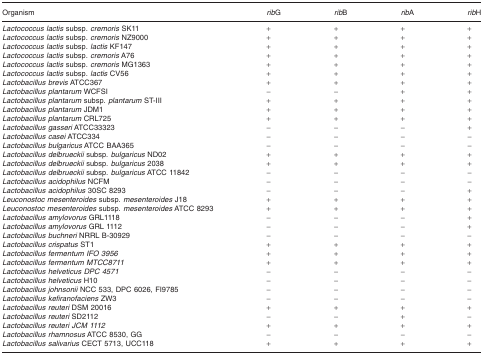
<table><thead><tr><td><b>Organism</b></td><td><b><i>rib</i>G</b></td><td><b><i>rib</i>B</b></td><td><b><i>rib</i>A</b></td><td><b><i>rib</i>H</b></td></tr></thead><tbody><tr><td><i>Lactococcus lactis</i> subsp. <i>cremoris</i> SK11</td><td>+</td><td>+</td><td>+</td><td>+</td></tr><tr><td><i>Lactococcus lactis</i> subsp. <i>cremoris</i> NZ9000</td><td>+</td><td>+</td><td>+</td><td>+</td></tr><tr><td><i>Lactococcus lactis</i> subsp. <i>lactis</i> KF147</td><td>+</td><td>+</td><td>+</td><td>+</td></tr><tr><td><i>Lactococcus lactis</i> subsp. <i>cremoris</i> A76</td><td>+</td><td>+</td><td>+</td><td>+</td></tr><tr><td><i>Lactococcus lactis</i> subsp. <i>cremoris</i> MG1363</td><td>+</td><td>+</td><td>+</td><td>+</td></tr><tr><td><i>Lactococcus lactis</i> subsp. <i>lactis</i> CV56</td><td>+</td><td>+</td><td>+</td><td>+</td></tr><tr><td><i>Lactobacillus brevis</i> ATCC367</td><td>+</td><td>+</td><td>+</td><td>+</td></tr><tr><td><i>Lactobacillus plantarum</i> WCFSI</td><td>−</td><td>−</td><td>+</td><td>+</td></tr><tr><td><i>Lactobacillus plantarum</i> subsp. <i>plantarum</i> ST‐III</td><td>+</td><td>+</td><td>+</td><td>+</td></tr><tr><td><i>Lactobacillus plantarum</i> JDM1</td><td>+</td><td>+</td><td>+</td><td>+</td></tr><tr><td><i>Lactobacillus plantarum</i> CRL725</td><td>+</td><td>+</td><td>+</td><td>+</td></tr><tr><td><i>Lactobacillus gasseri</i> ATCC33323</td><td>−</td><td>−</td><td>−</td><td>+</td></tr><tr><td><i>Lactobacillus casei</i> ATCC334</td><td>−</td><td>−</td><td>−</td><td>−</td></tr><tr><td><i>Lactobacillus bulgaricus</i> ATCC BAA365</td><td>−</td><td>−</td><td>−</td><td>−</td></tr><tr><td><i>Lactobacillus delbrueckii</i> subsp. <i>bulgaricus</i> ND02</td><td>+</td><td>+</td><td>+</td><td>+</td></tr><tr><td><i>Lactobacillus delbrueckii</i> subsp<i>. bulgaricus</i> 2038</td><td>+</td><td>+</td><td>+</td><td>+</td></tr><tr><td><i>Lactobacillus delbrueckii</i> subsp<i>. bulgaricus</i> ATCC 11842</td><td>−</td><td>−</td><td>−</td><td>−</td></tr><tr><td><i>Lactobacillus acidophilus</i> NCFM</td><td>−</td><td>−</td><td>−</td><td>−</td></tr><tr><td><i>Lactobacillus acidophilus</i> 30SC 8293</td><td>−</td><td>−</td><td>−</td><td>+</td></tr><tr><td><i>Leuconostoc mesenteroides</i> subsp. <i>mesenteroides</i> J18</td><td>+</td><td>+</td><td>+</td><td>+</td></tr><tr><td><i>Leuconostoc mesenteroides</i> subsp. <i>mesenteroides</i> ATCC 8293</td><td>+</td><td>+</td><td>+</td><td>+</td></tr><tr><td><i>Lactobacillus amylovorus</i> GRL1118</td><td>−</td><td>−</td><td>−</td><td>+</td></tr><tr><td><i>Lactobacillus amylovorus</i> GRL 1112</td><td>−</td><td>−</td><td>−</td><td>+</td></tr><tr><td><i>Lactobacillus buchneri</i> NRRL B‐30929</td><td>−</td><td>−</td><td>−</td><td>−</td></tr><tr><td><i>Lactobacillus crispatus</i> ST1</td><td>+</td><td>+</td><td>+</td><td>+</td></tr><tr><td><i>Lactobacillus fermentum IFO 3956</i></td><td>+</td><td>+</td><td>+</td><td>+</td></tr><tr><td><i>Lactobacillus fermentum MTCC8711</i></td><td>+</td><td>+</td><td>+</td><td>+</td></tr><tr><td><i>Lactobacillus helveticus DPC 4571</i></td><td>−</td><td>−</td><td>−</td><td>−</td></tr><tr><td><i>Lactobacillus helveticus</i> H10</td><td>−</td><td>−</td><td>−</td><td>−</td></tr><tr><td><i>Lactobacillus johnsonii</i> NCC 533, DPC 6026, FI9785</td><td>−</td><td>−</td><td>−</td><td>−</td></tr><tr><td><i>Lactobacillus kefiranofaciens</i> ZW3</td><td>−</td><td>−</td><td>−</td><td>−</td></tr><tr><td><i>Lactobacillus reuteri</i> DSM 20016</td><td>+</td><td>+</td><td>+</td><td>+</td></tr><tr><td><i>Lactobacillus reuteri</i> SD2112</td><td>−</td><td>−</td><td>+</td><td>−</td></tr><tr><td><i>Lactobacillus reuteri JCM 1112</i></td><td>+</td><td>+</td><td>+</td><td>+</td></tr><tr><td><i>Lactobacillus rhamnosus</i> ATCC 8530, GG</td><td>−</td><td>−</td><td>−</td><td>−</td></tr><tr><td><i>Lactobacillus salivarius</i> CECT 5713, UCC118</td><td>+</td><td>+</td><td>+</td><td>+</td></tr></tbody></table>